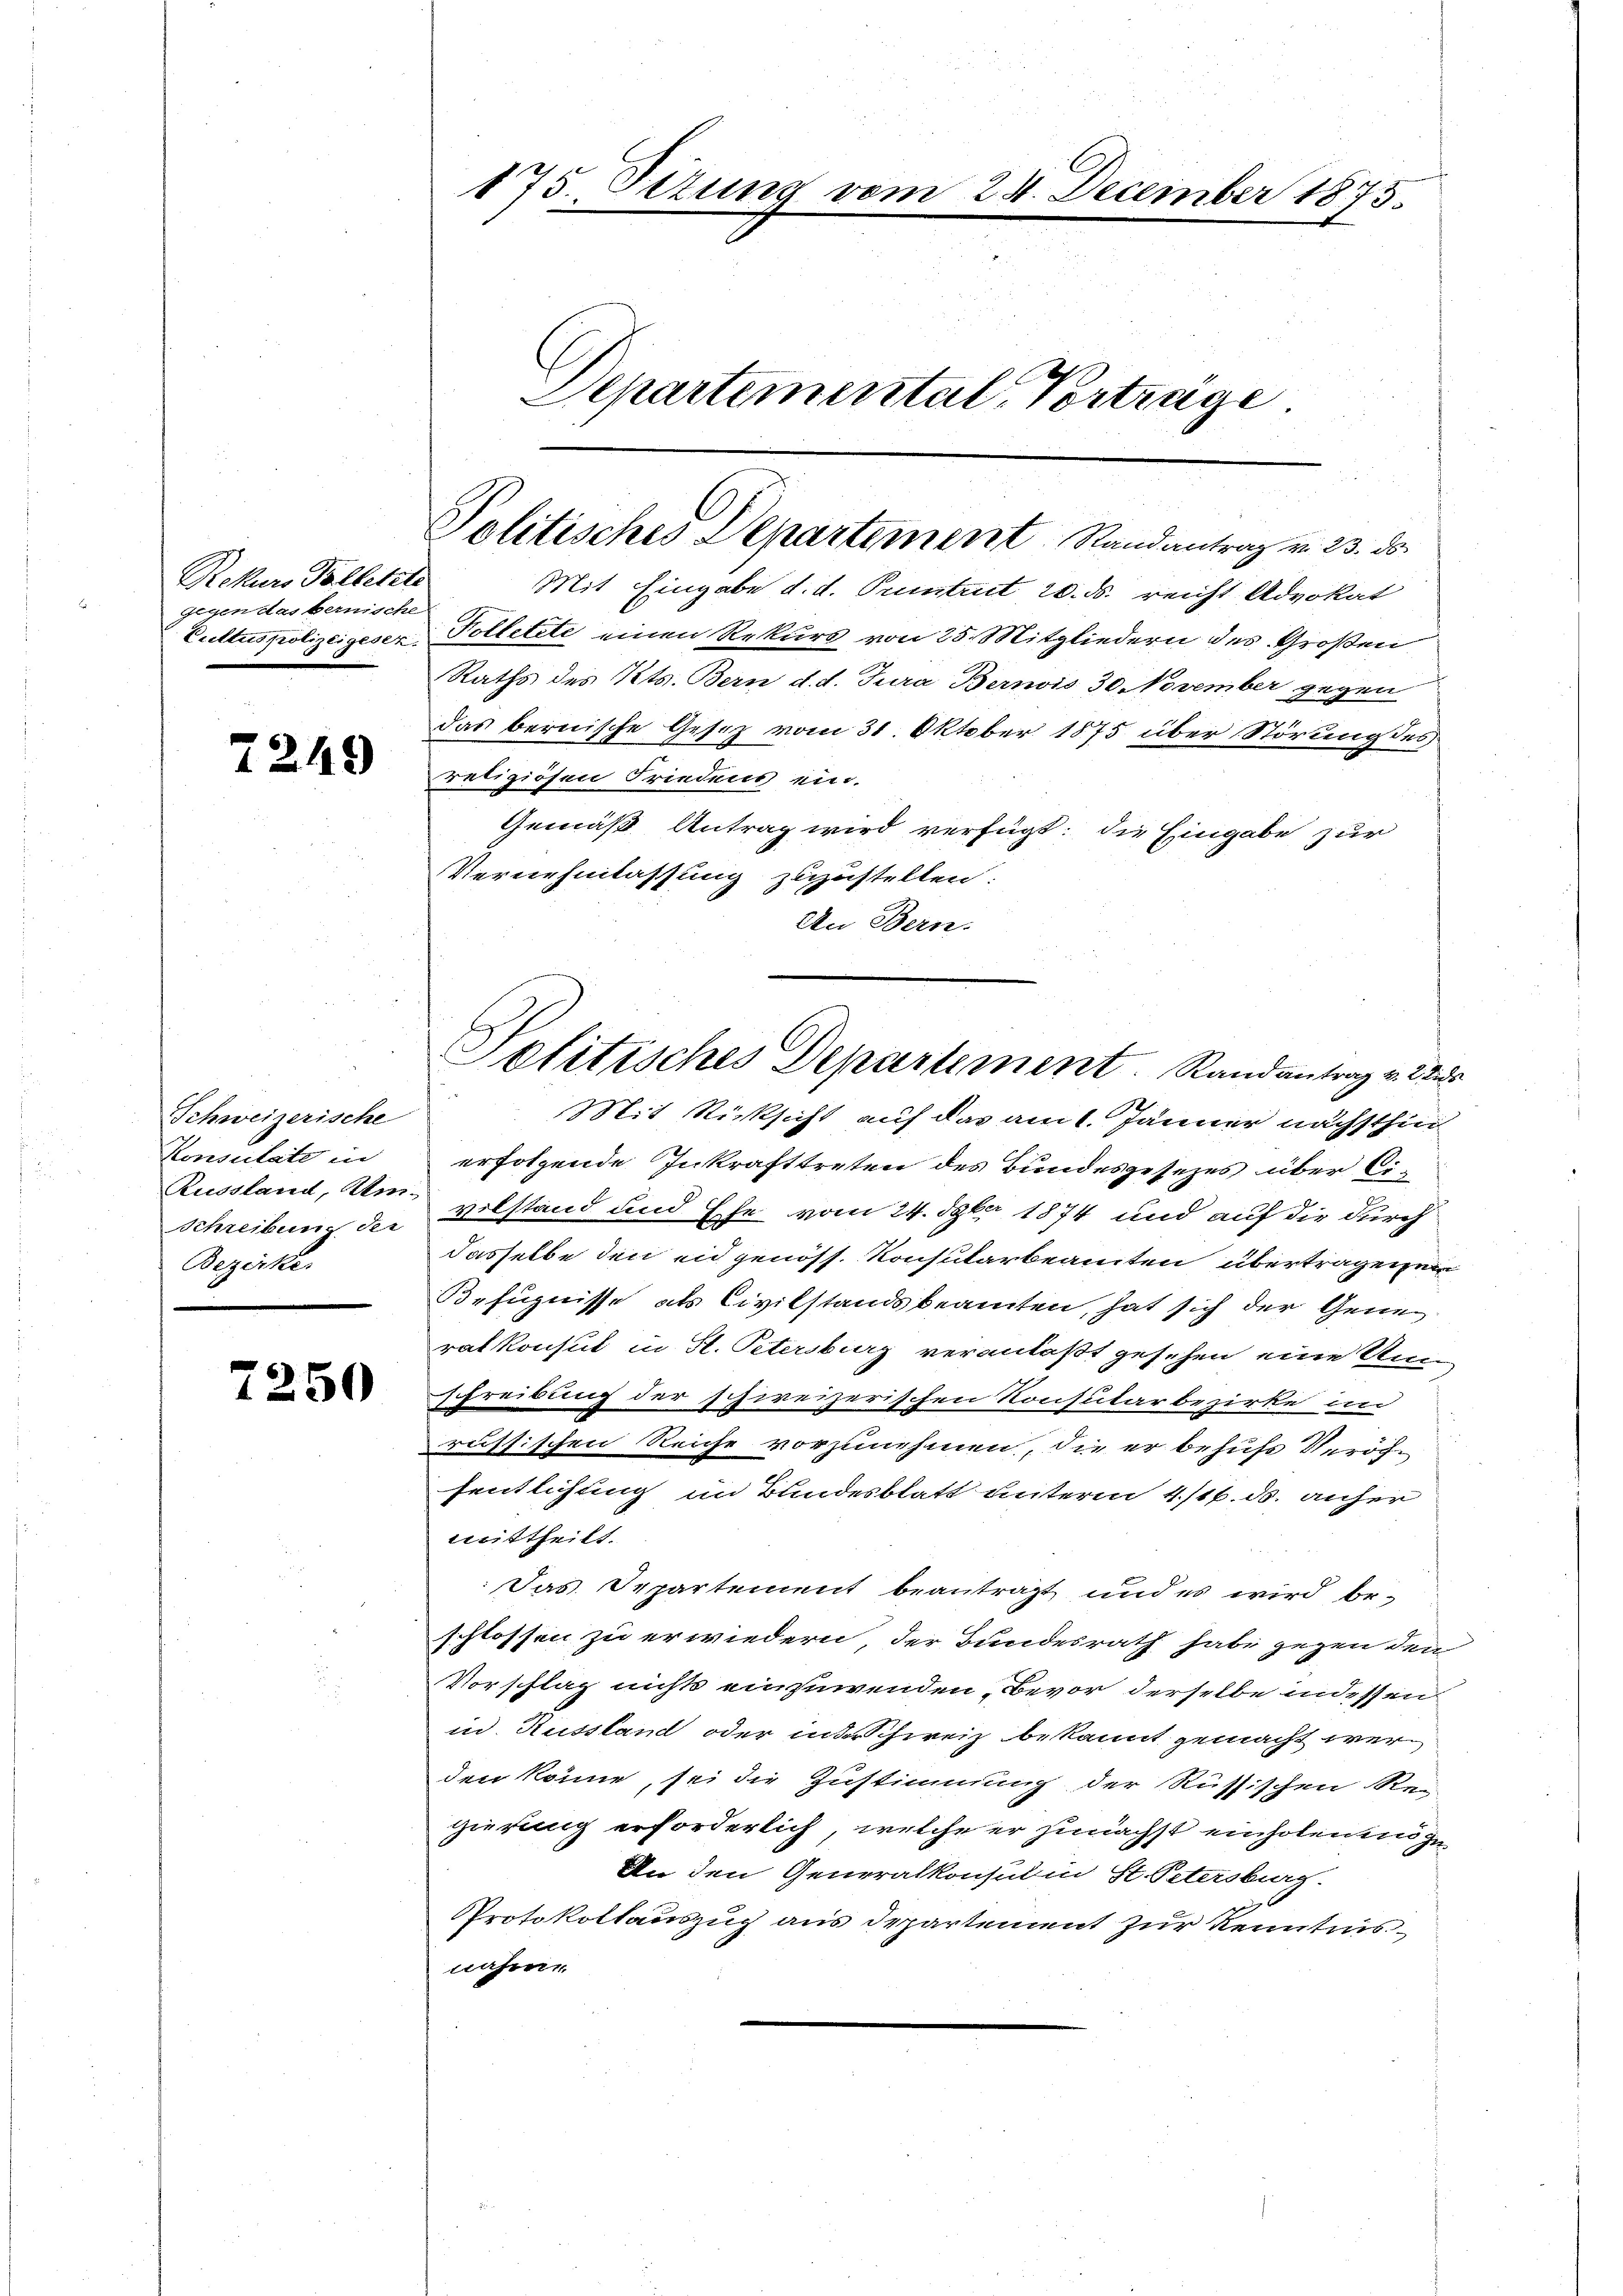
Rekurs Palletzte
gegen das bernische
Cultus polizeigesen.

7249

Schweizerische
Konsulate in
Russland, Um-
Schreibung der
Bezirke.

7250

175. Situng vom 24. December 1875.
E
Departemental Vortrage

Politisches Departement Randantrag v. 23. ds.

Mit Eingabe d. d. Pumtrut 20. ds. reicht Advokat
Kolletete einen Rekurs von 25. Mitgliedern des Großen
Raths des Kts. Bern d. d. Jura Bernis 30. November gegen
das bernische Gesetz vom 31. Oktober 1875 über Störung des
religiösen Friedens ein.
Gemäß Antrag wird verfügt: die Eingabe zur
Vernehmlassung zuzustellen:
An Bern.
Mit Rücksicht auf das am 1. Jänner nächsthin
erfolgende Inkrafttreten des Bundesgesezes über Civilstand und Ehe vom 24. Spr 1874 und auf die durch
dasselbe den eidgenöss. Konsularbeamten übertragen wir
Befugnisse als Civilstandsbeamten, hat sich der Gene
ratkonsul in St. Petersburg veranlaßt gesehen eine Un
schreibung der schweizerischen Konsutarbezirke an
russischen Reiche vorzunehmen, die er behufs Veröffentlichung im Bundesblatt unterm 4/16. ds. anher
eittheilt.
Das Departement beantragt und es wird beschlossen zu erwiedern, der Bundesrath habe gegen den
Vorschlag nichts einzuwenden Bevor derselbe indessen
in Russland oder interschweiz bekannt gemacht werden könne, sei die Zustimmung der Russischen Re-
gierung erforderlich welche er zunächst einholenen g
An den Generalkonsul in St. Petersburg.
Protokollauszug aus Departement zur Kenntnisnahme

Politisches Departement. Randantrag v. 22